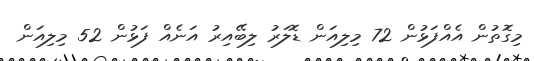
މިގޮތުން އެއްފަޅުން 72 މިލިއަން ޑޮލަރު ލިބޭއިރު އަނެއް ފަޅުން 52 މިލިއަން